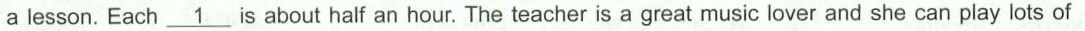
a lesson. Each\underline{ 1}.Is about half an hour. The teacher is a great music lover and she can play lots of